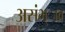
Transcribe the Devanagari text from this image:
असंभ्ाव